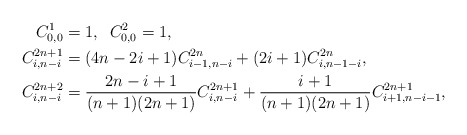
\begin{align*}C^1_{0,0}&= 1,\;\; C^2_{0,0}= 1,\\C^{2n+1}_{i,n-i}&= (4n-2i+1)C^{2n}_{i-1,n-i} + (2i+1)C^{2n}_{i,n-1-i},\\C^{2n+2}_{i,n-i} &= \frac{2n-i+1}{(n+1)(2n+1)}C^{2n+1}_{i,n-i} + \frac{i+1}{(n+1)(2n+1)}C^{2n+1}_{i+1,n-i-1},\end{align*}